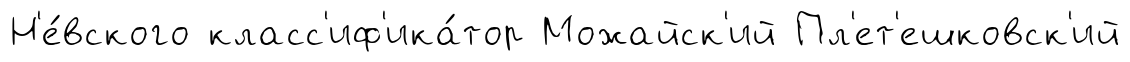
Н'е́вского класс'иф'ика́тор Можайск'ий Пл'ет'ешковск'ий